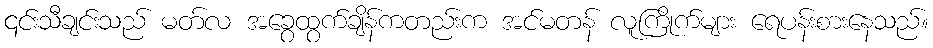
၎င်းသီချင်းသည် မတ်လ အခွေထွက်ချိန်ကတည်းက အင်မတန် လူကြိုက်များ ရေပန်းစားနေသည်။